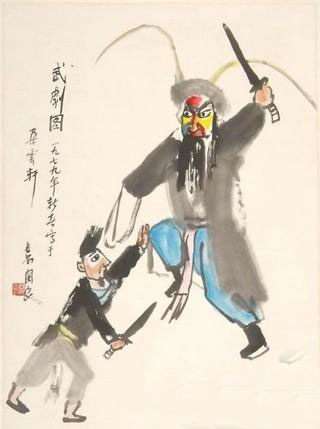
出其所不趋，趋其所不意。